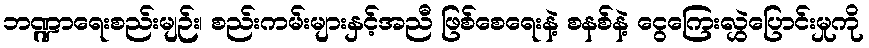
ဘဏ္ဍာရေးစည်းမျဉ်း၊ စည်းကမ်းများနှင့်အညီ ဖြစ်စေရေးနဲ့ စနစ်နဲ့ ငွေကြေးလွှဲပြောင်းမှုကို